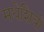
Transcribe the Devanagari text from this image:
मधेशियो